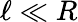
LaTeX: \ell\ll R